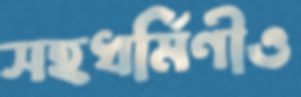
সহধর্মিণীও